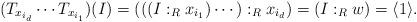
LaTeX: \begin{align*}(T_{x_{i_d}}\cdots T_{x_{i_1}})(I) =(((I :_R x_{i_1}) \cdots ) :_R x_{i_d}) =(I :_R w) = \langle 1 \rangle.\end{align*}